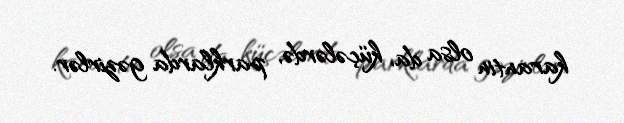
karantin olsa da, küçələrdə, parklarda gəzirlər.